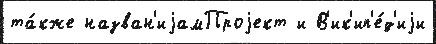
та́кже назван'иjамПроjект и В'ик'ип'е́д'иjи